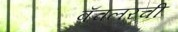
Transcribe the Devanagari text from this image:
बॅचलरची